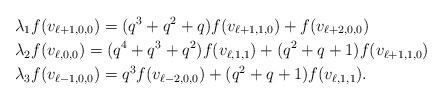
LaTeX: \begin{align*}&\lambda_1f(v_{\ell+1,0,0})=(q^3+q^2+q)f(v_{\ell+1,1,0})+f(v_{\ell+2,0,0})\\&\lambda_2f(v_{\ell,0,0})=(q^4+q^3+q^2)f(v_{\ell,1,1})+(q^2+q+1)f(v_{\ell+1,1,0})\\&\lambda_3f(v_{\ell-1,0,0})=q^3f(v_{\ell-2,0,0})+(q^2+q+1)f(v_{\ell,1,1}).\end{align*}